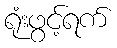
ရုံးဖွင့်ရက်